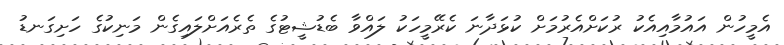
އެމީހުން އައުމާއިއެކު ރުކަށްއެރުމަށް ކުޅަދާނަ ކެރޭމީހަކު ލައްވާ ބެޑުޝީޓުގެ ތެރެއަށްލައިގެން މަނިކުގެ ހަށިގަނޑު